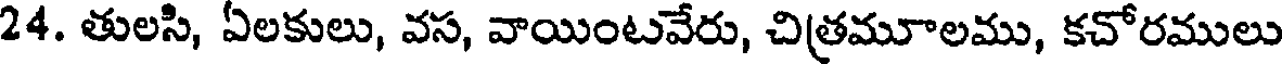
24. తులసి, ఏలకులు, వస, వాయింటవేరు, చిత్రమూలము, కచోరములు